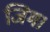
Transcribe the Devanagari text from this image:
जिम।